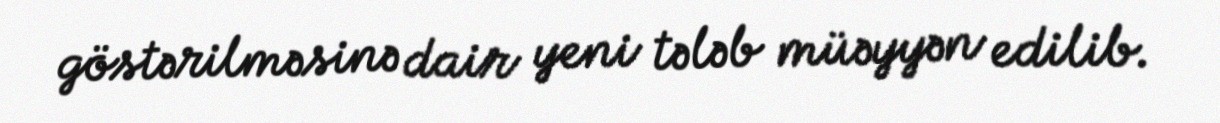
göstərilməsinə dair yeni tələb müəyyən edilib.